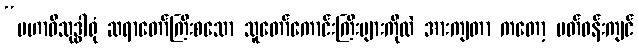
“မဟာဝိသုဒ္ဓါရုံ ဆရာတော်ကြီးစသော သူတော်ကောင်းကြီးများကိုလဲ အားကျတာ ကတော့ ပတ်ဝန်းကျင်